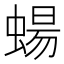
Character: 蝪